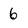
Character: 6